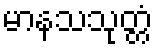
မာနသသုတ္တံ